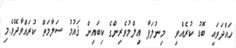
ހައްދަވައި ބޮޑު ކުރެއްވި  މިނުލަފާ ޢިލްމުވެރިންގެ ކިބައިން ޤައުމު ސަލާމަތް ކުރައްވާދޭވެ.މި